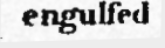
engulfed